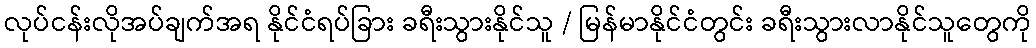
လုပ်ငန်းလိုအပ်ချက်အရ နိုင်ငံရပ်ခြား ခရီးသွားနိုင်သူ / မြန်မာနိုင်ငံတွင်း ခရီးသွားလာနိုင်သူတွေကို